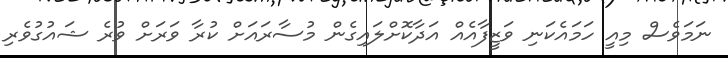
ނަމަވެސް މިއީ ހަމައެކަނި ވަޒީފާއެއް އަދާކޮށްލައިގެން މުސާރައަށް ކުރާ ވަރަށް ވުރެ ޝައުގުވެރި